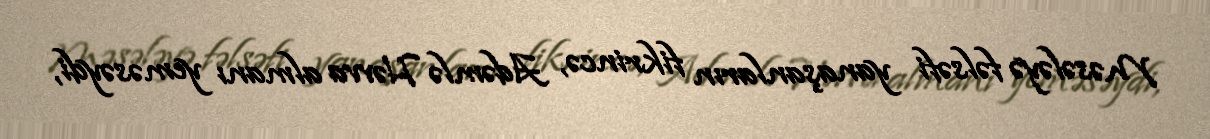
Məsələyə fəlsəfi yanaşanların fikrincə, Adəmlə Həvva almanı yeməsəydi,